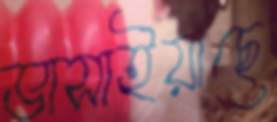
ভাসাইয়াছে